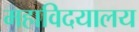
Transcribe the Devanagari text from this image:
महाविदयालय